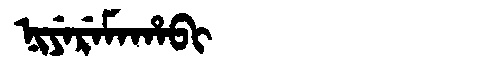
Manchu: ᠨᡳᠶᡝᡵᡝᠮᠠᡥᠠᠪᡳ
Romanization: NIYEREMAHABI